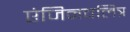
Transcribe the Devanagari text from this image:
एंजिनचलित्र